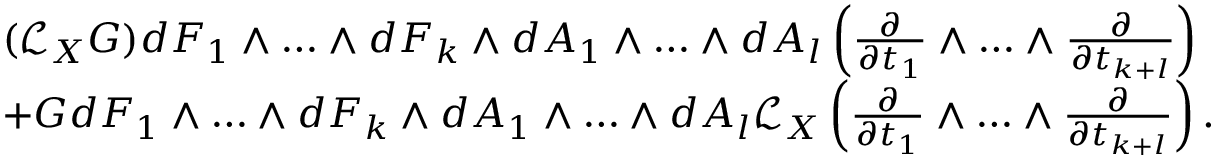
\begin{array} { r l } & { ( \mathcal { L } _ { X } G ) d F _ { 1 } \land \dotsc \land d F _ { k } \land d A _ { 1 } \land \dotsc \land d A _ { l } \left( \frac { \partial } { \partial t _ { 1 } } \land \dotsc \land \frac { \partial } { \partial t _ { k + l } } \right) } \\ & { + G d F _ { 1 } \land \dotsc \land d F _ { k } \land d A _ { 1 } \land \dotsc \land d A _ { l } \mathcal { L } _ { X } \left( \frac { \partial } { \partial t _ { 1 } } \land \dotsc \land \frac { \partial } { \partial t _ { k + l } } \right) . } \end{array}